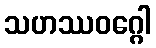
သဟဿဝဂ္ဂေါ